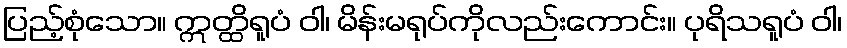
ပြည့်စုံသော။ ဣတ္ထိရူပံ ဝါ၊ မိန်းမရုပ်ကိုလည်းကောင်း။ ပုရိသရူပံ ဝါ၊